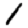
Digit: 1